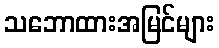
သဘောထားအမြင်များ